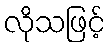
လိုသဖြင့်